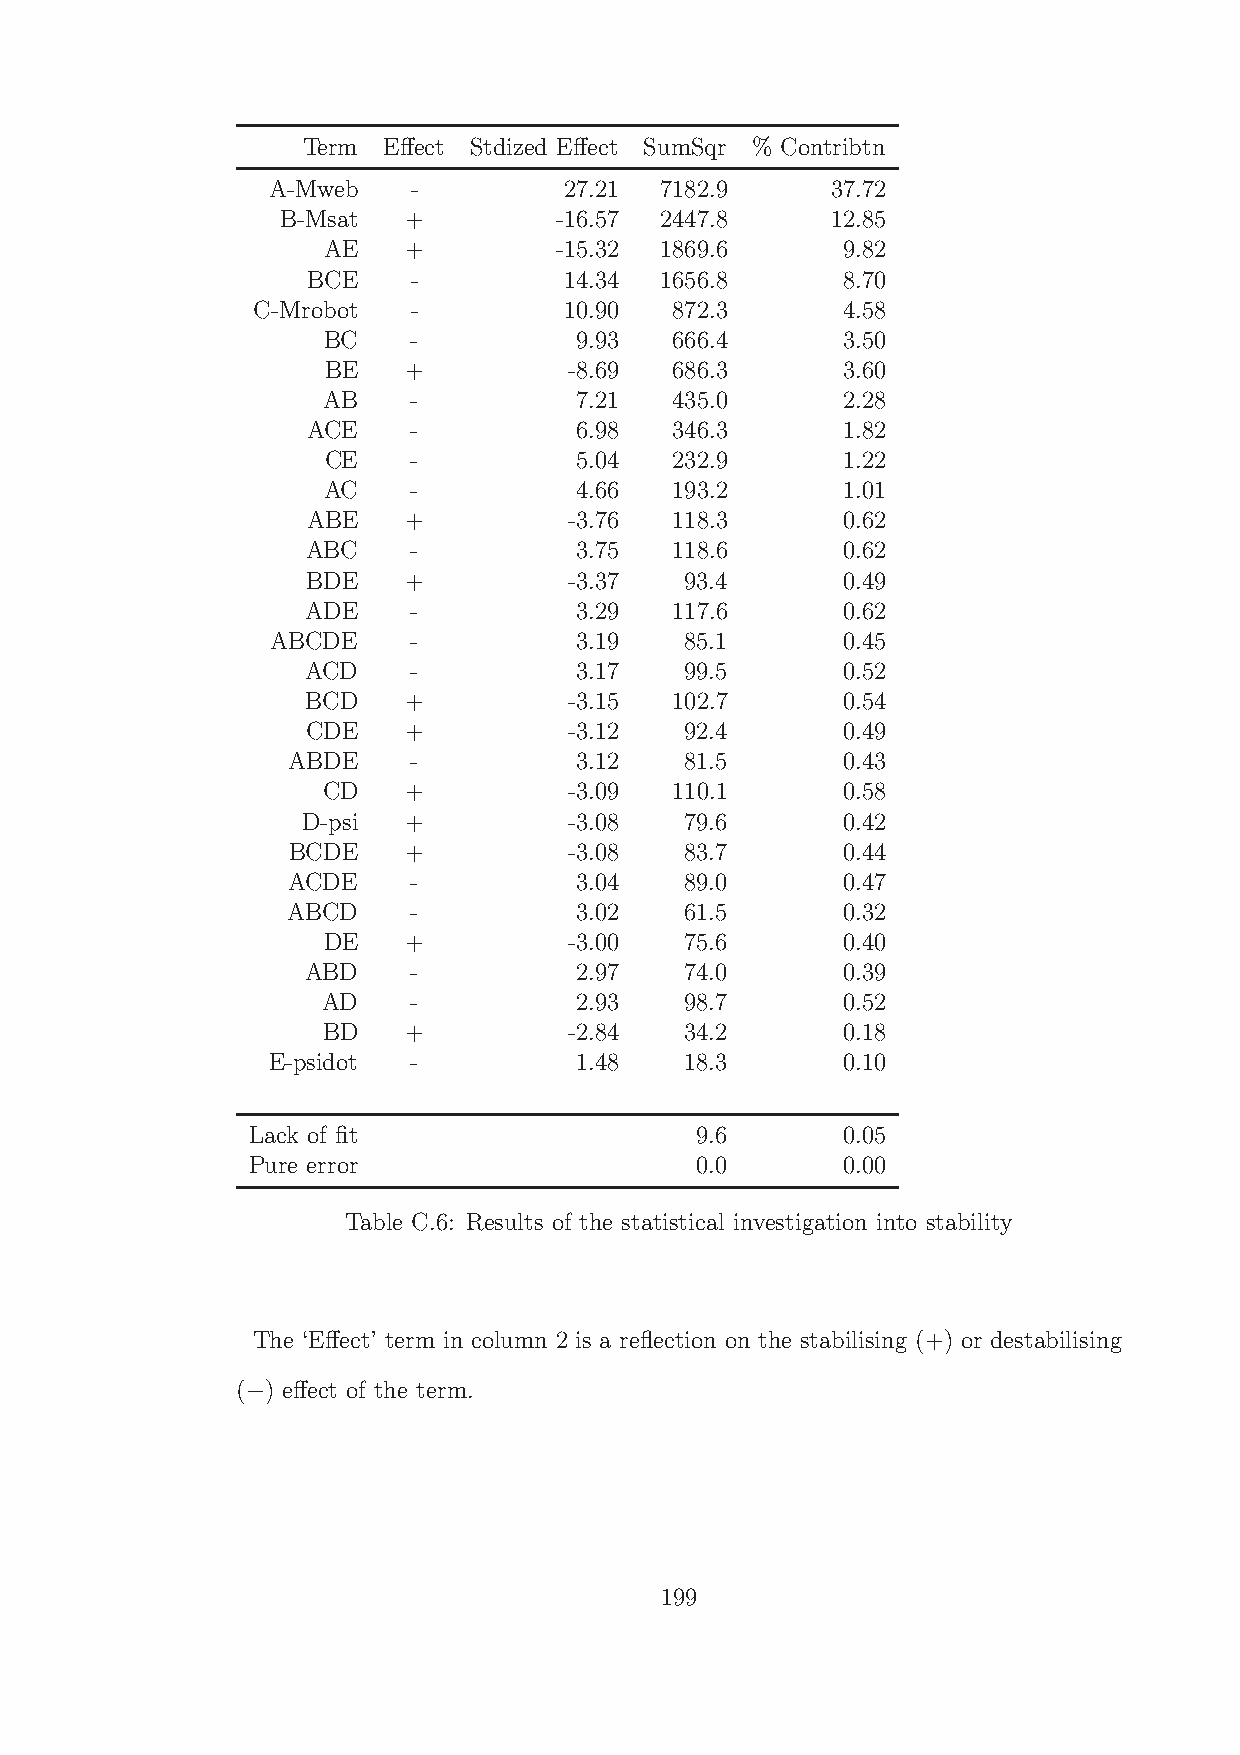
Term Effect Stdized Effect SumSqr % Contribtn
 A-Mweb   -         27.21  7182.9     37.72
 B-Msat  +         -16.57 2447.8     12.85
 AE    +         -15.32 1869.6      9.82
 BCE    -         14.34  1656.8      8.70
 C-Mrobot  -         10.90  872.3       4.58
 BC    -          9.93  666.4       3.50
 BE   +          -8.69 686.3       3.60
 AB    -          7.21  435.0       2.28
 ACE    -          6.98  346.3       1.82
 CE    -          5.04  232.9       1.22
 AC    -          4.66  193.2       1.01
 ABE    +          -3.76 118.3       0.62
 ABC    -          3.75  118.6       0.62
 BDE    +          -3.37  93.4       0.49
 ADE    -          3.29  117.6       0.62
 ABCDE    -          3.19   85.1       0.45
 ACD    -          3.17   99.5       0.52
 BCD    +          -3.15 102.7       0.54
 CDE    +          -3.12  92.4       0.49
 ABDE    -          3.12   81.5       0.43
 CD    +          -3.09 110.1       0.58
 D-psi  +          -3.08  79.6       0.42
 BCDE    +          -3.08  83.7       0.44
 ACDE    -          3.04   89.0       0.47
 ABCD    -          3.02   61.5       0.32
 DE    +          -3.00  75.6       0.40
 ABD    -          2.97   74.0       0.39
 AD    -          2.93   98.7       0.52
 BD    +          -2.84  34.2       0.18
 E-psidot -          1.48   18.3       0.10
 Lack of fit                  9.6       0.05
 Pure error                    0.0       0.00
 Table C.6: Results of the statistical investigation into stability
 The ‘Effect’ term in column 2 is a reflection on the stabilising (+) or destabilising
 ( ) effect of the term.
 −
 199